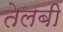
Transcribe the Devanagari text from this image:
तेलबी